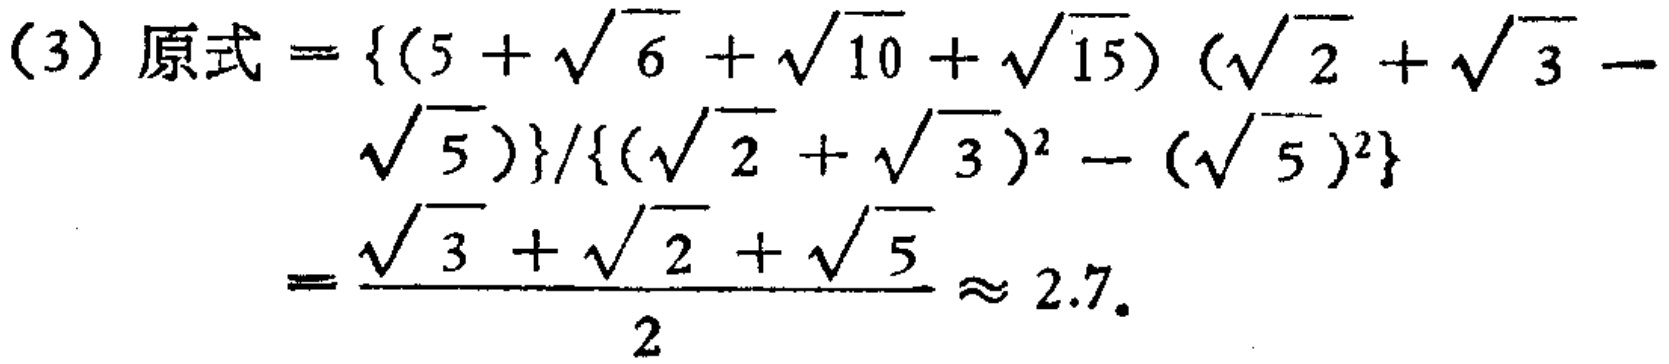
\[(3)\text{原式}=\frac{\{(5 + \sqrt{6}+\sqrt{10}+\sqrt{15})(\sqrt{2}+\sqrt{3}-\sqrt{5})\}}{(\sqrt{2}+\sqrt{3})^2 - (\sqrt{5})^2}=\frac{\sqrt{3}+\sqrt{2}+\sqrt{5}}{2}\approx2.7.\]